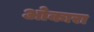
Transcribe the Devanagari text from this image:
ओकारा